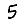
Digit: 5